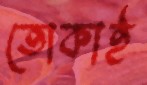
তোকাই